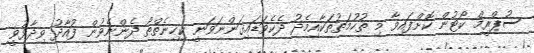
ސުޕްރީމް ކޯޓުން ކޮށްފައިވާ މި ތުހުމަތުތަކާއިމެދު ދެކެވަޑައިގަންނަވަނީ ކިހިނެތްތޯ ދެންނެވުން ފުއާދު ވިދާޅުވީ